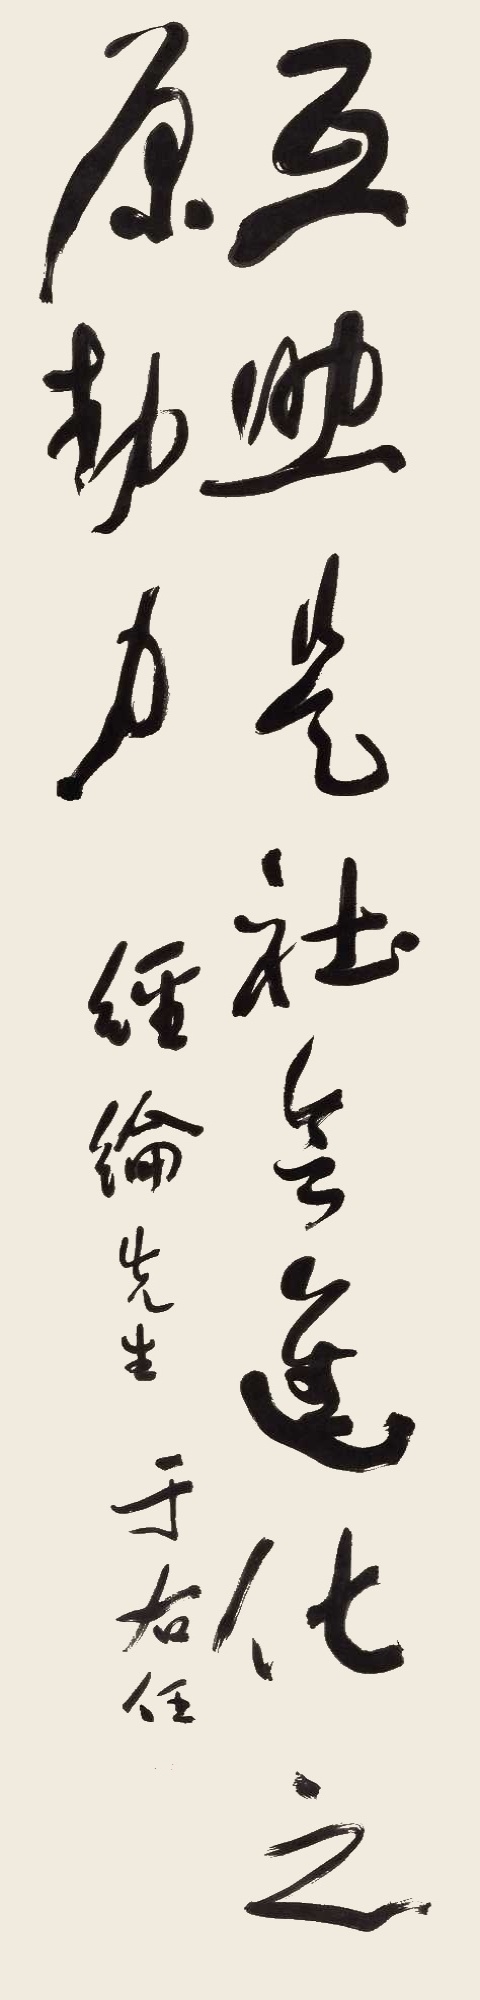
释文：互助是社会进化之原动力。经纶先生于右任。